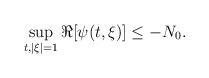
LaTeX: \begin{align*} \sup_{t,|\xi|=1} \Re[\psi(t,\xi)] \leq -N_{0}.\end{align*}